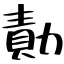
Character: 勣